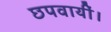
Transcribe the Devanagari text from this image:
छपवायीं।